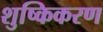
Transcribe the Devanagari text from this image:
शुष्किकरण